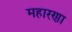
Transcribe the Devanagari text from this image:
महारणा